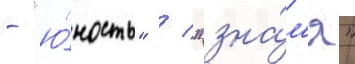
- "ю́ность" / "зна́м'я"